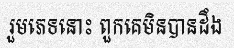
រួមភេទនោះ ពួកគេមិនបានដឹង